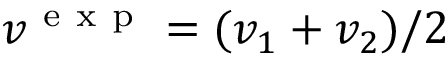
v ^ { \mathrm { ~ e ~ x ~ p ~ } } = ( v _ { 1 } + v _ { 2 } ) / 2